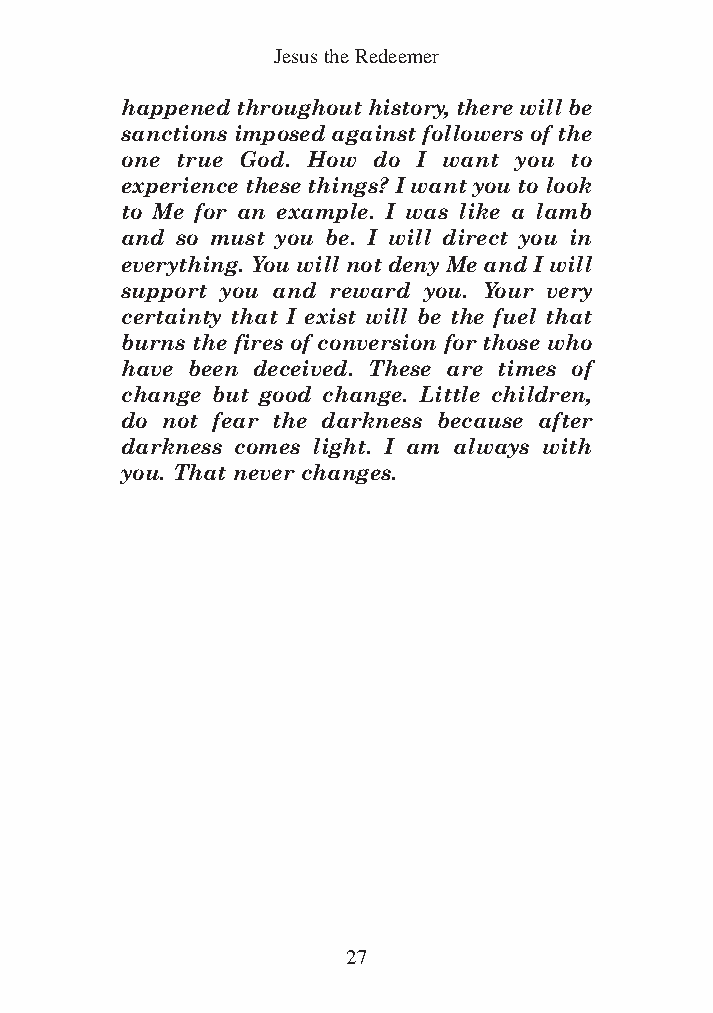
DFOT Vol 5 No App_1 12/3/13 8:54 PM Page 27
 Jesus the Redeemer
 happened throughout history, there will be
 sanctions imposed against followers of the
 one true God. How do I want you to
 experience these things? I want you to look
 to Me for an example. I was like a lamb
 and so must you be. I will direct you in
 everything. You will not deny Me and I will
 support you and reward you. Your very
 certainty that I exist will be the fuel that
 burns the fires of conversion for those who
 have been deceived. These are times of
 change but good change. Little children,
 do not fear the darkness because after
 darkness comes light. I am always with
 you. That never changes.
 27